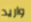
واريد